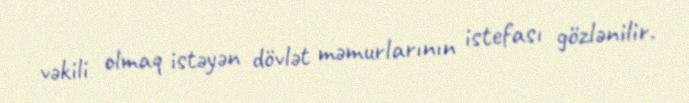
vəkili olmaq istəyən dövlət məmurlarının istefası gözlənilir.